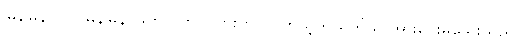
မြန်မြန်လုပ်၊ မြန်မြန် ဖြတ်လိုက်ပါလားဟုပင် ကိုယ့်ကိုယ်ကိုယ် အားပေးမိသေးသည်။